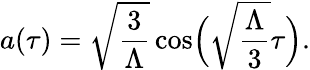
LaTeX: a(\tau)=\sqrt{\frac{3}{\Lambda}}\cos\Bigl(\sqrt{\frac{\Lambda}{3}}\tau\Bigr).